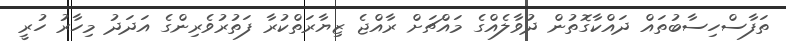
ތަފާސްހިސާބުތައް ދައްކާގޮތުން ދުވާލެއްގެ މައްޗަށް ރާއްޖެ ޒިޔާރަތްކުރާ ފަތުރުވެރިންގެ އަދަދު މިހާރު ހުރީ